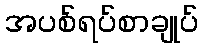
အပစ်ရပ်စာချုပ်